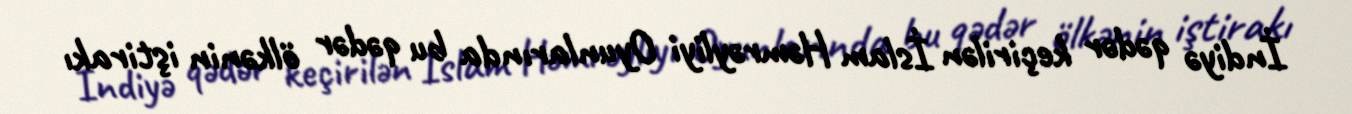
İndiyə qədər keçirilən İslam Həmrəyliyi Oyunlarında bu qədər ölkənin iştirakı